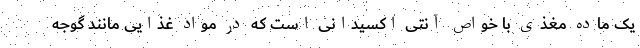
یک ماده مغذی با خواص آنتی اکسیدانی است که در مواد غذایی مانند گوجه